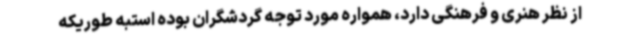
از نظر هنری و فرهنگی دارد، همواره مورد توجه گردشگران بوده استبه طوریکه